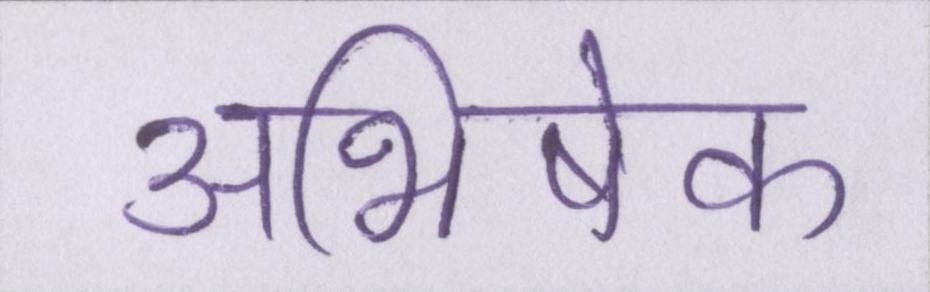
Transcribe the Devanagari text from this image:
अभिषेक